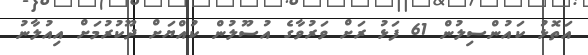
އަތޮޅު ކައުންސިލުން 61 ފަޅު ރަށް ވަރުވާގެ އުސޫލުން ކުއްޔަށް ދޫކުރުމަށް އިއުލާނު